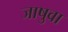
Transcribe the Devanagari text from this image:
जाषुवा